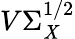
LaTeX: V\Sigma_{\mathit{X}}^{1/2}